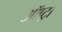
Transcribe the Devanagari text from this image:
ऑप्ट्रा